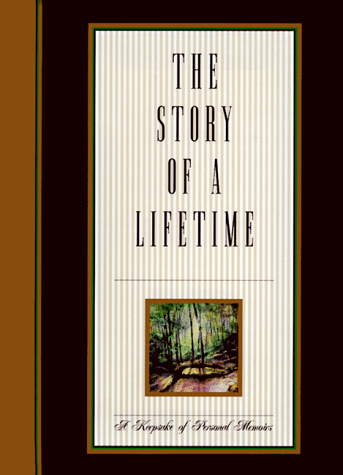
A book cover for The Story of a Lifetime: A Keepsake of Personal Memoirs; Pamela Pavuk; Biographies & Memoirs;